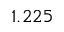
1 . 2 2 5